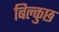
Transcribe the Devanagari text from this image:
बिल्कुछ